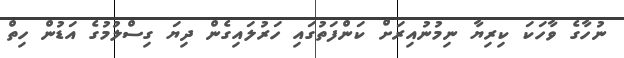
ނުހާގެ ވާހަކަ ކިރިޔާ ނިމުނުއިރަށް ކަންފަތުގައި ހަރުލައިގެން ދިޔަ ގިސްލުމުގެ އަޑުން ހިތް